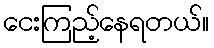
ငေးကြည့်နေရတယ်။